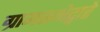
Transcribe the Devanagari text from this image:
ग्रामसभेद्वारे